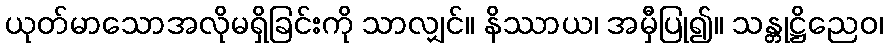
ယုတ်မာသောအလိုမရှိခြင်းကို သာလျှင်။ နိဿာယ၊ အမှီပြု၍။ သန္တုဋ္ဌိညေဝ၊